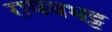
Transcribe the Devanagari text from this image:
राघवभट्ट